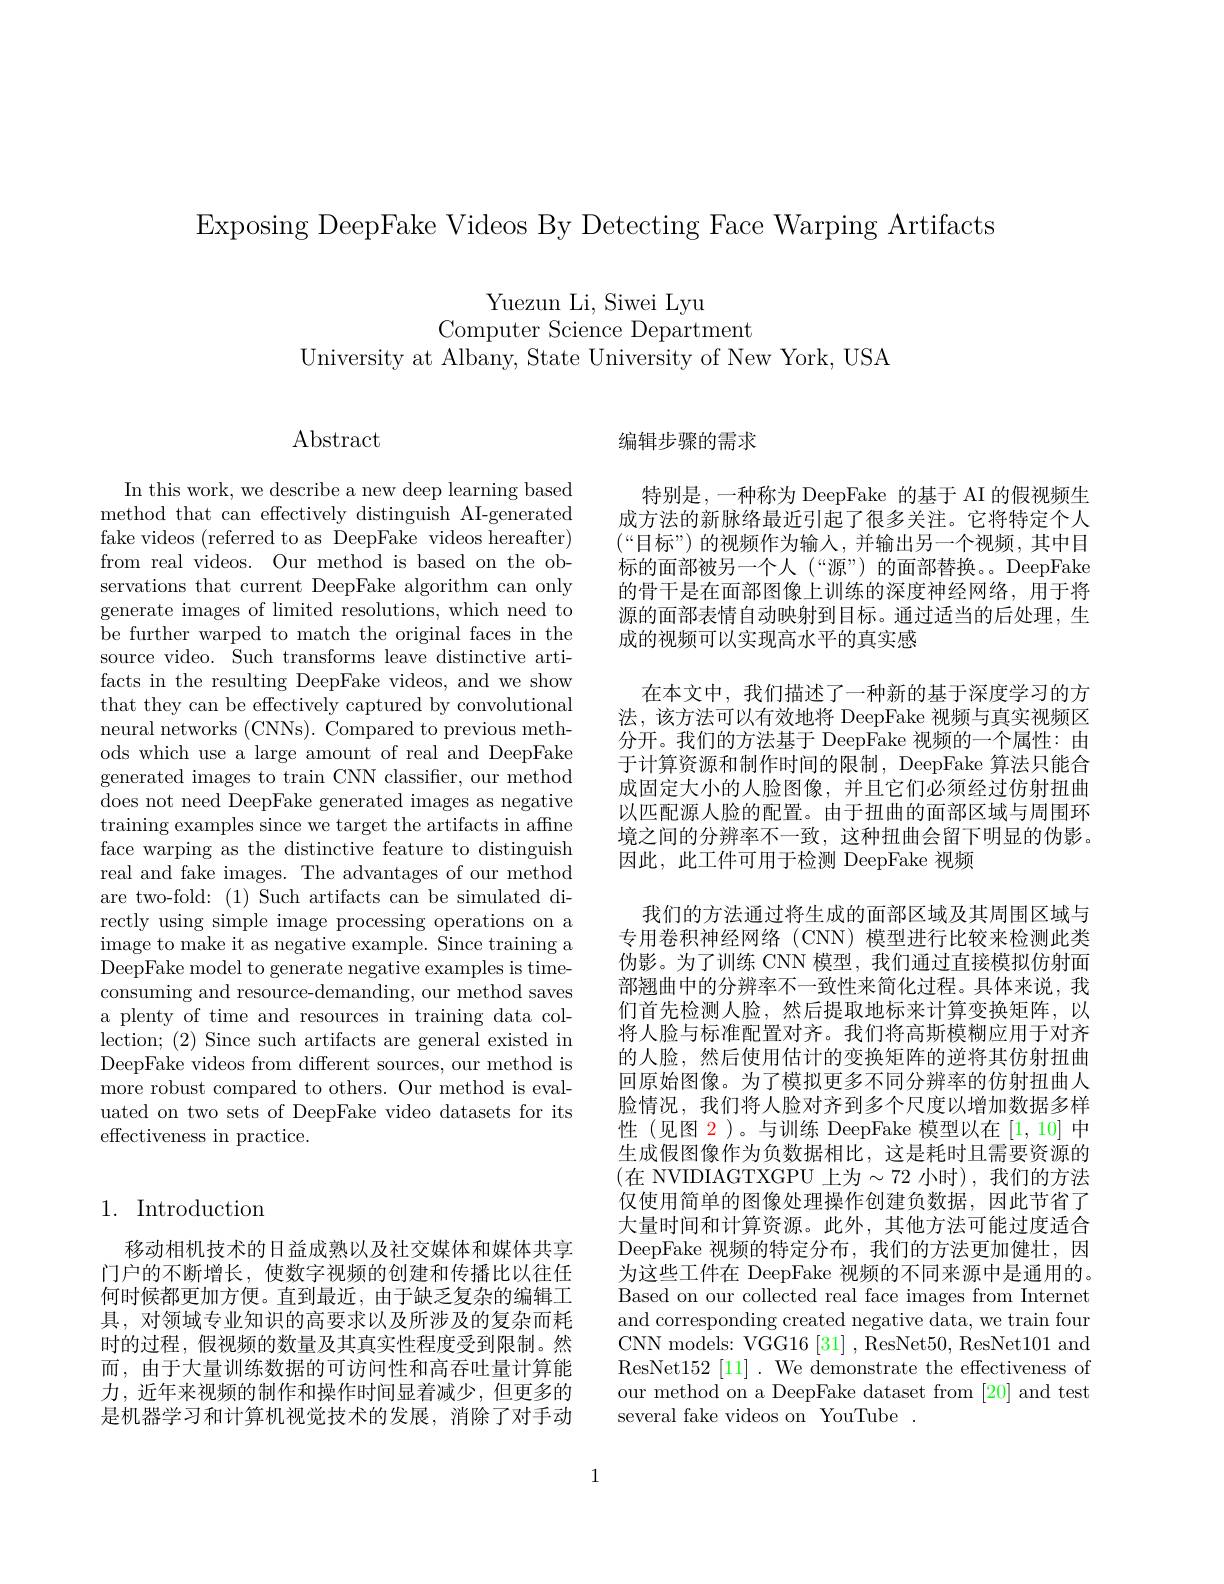
Exposing DeepFake Videos By Detecting Face Warping Artifacts

Yuezun Li, Siwei Lyu
Computer Science Department

University at Albany, State University of New York, USA

Abstract

In this work, we describe a new deep learning based method that can effectively distinguish AI-generated fake videos (referred to as DeepFake videos hereafter) from real videos. Our method is based on the observations that current DeepFake algorithm can only generate images of limited resolutions, which need to be further warped to match the original faces in the source video. Such transforms leave distinctive artifacts in the resulting DeepFake videos, and we show that they can be effectively captured by convolutional neural networks (CNNs). Compared to previous methods which use a large amount of real and DeepFake generated images to train CNN classifier, our method does not need DeepFake generated images as negative training examples since we target the artifacts in affne face warping as the distinctive feature to distinguish real and fake images. The advantages of our method are two-fold: (1) Such artifacts can be simulated directly using simple image processing operations on a ${\mathrm{image~to~make~it~as~negative~example.~Since~training~a}}$ DeepFake model to generate negative examples is timeconsuming and resource-demanding, our method saves a plenty of time and resources in training data collection; (2) Since such artifacts are general existed in DeepFake videos from different sources, our method is more robust compared to others. Our method is evaluated on two sets of DeepFake video datasets for its effectiveness in practice.

## 1. Introduction

移动相机技术的日益成熟以及社交媒体和媒体共享门户的不断增长，使数字视频的创建和传播比以往任何时候都更加方便。直到最近，由于缺乏复杂的编辑工具，对领域专业知识的高要求以及所涉及的复杂而耗时的过程，假视频的数量及其真实性程度受到限制。然而，由于大量训练数据的可访问性和高吞吐量计算能力，近年来视频的制作和操作时间显着减少，但更多的是机器学习和计算机视觉技术的发展，消除了对手动

编辑步骤的需求

特别是，一种称为 DeepFake 的基于 AI 的假视频生成方法的新脉络最近引起了很多关注。它将特定个人$(“$目标”)的视频作为输入，并输出另一个视频，其中目标的面部被另一个人(“源”)的面部替换。DeepFake 的骨干是在面部图像上训练的深度神经网络，用于将源的面部表情自动映射到目标。通过适当的后处理，生成的视频可以实现高水平的真实感
在本文中，我们描述了一种新的基于深度学习的方法，该方法可以有效地将 DeepFake 视频与真实视频区分开。我们的方法基于 DeepFake 视频的一个属性：由于计算资源和制作时间的限制，DeepFake 算法只能合成固定大小的人脸图像，并且它们必须经过仿射扭曲以匹配源人脸的配置。由于扭曲的面部区域与周围环境之间的分辨率不一致，这种扭曲会留下明显的伪影。因此，此工件可用于检测 DeepFake 视频
我们的方法通过将生成的面部区域及其周围区域与专用卷积神经网络(CNN) 模型进行比较来检测此类伪影。为了训练 CNN 模型，我们通过直接模拟仿射面部翘曲中的分辨率不一致性来简化过程。具体来说，我们首先检测人脸，然后提取地标来计算变换矩阵，以将人脸与标准配置对齐。我们将高斯模糊应用于对齐的人脸，然后使用估计的变换矩阵的逆将其仿射扭曲回原始图像。为了模拟更多不同分辨率的仿射扭曲人脸情况，我们将人脸对齐到多个尺度以增加数据多样性(见图$\color{red}2$)。与训练 DeepFake 模型以在[1,10]中生成假图像作为负数据相比，这是耗时且需要资源的(在 NVIDIAGTXGPU 上为$\sim72$ 小时),我们的方法仅使用简单的图像处理操作创建负数据，因此节省了大量时间和计算资源。此外，其他方法可能过度适合DeepFake 视频的特定分布，我们的方法更加健壮，因为这些工件在 DeepFake 视频的不同来源中是通用的。Based on our collected real face images from Internet and corresponding created negative data, we train four CNN models: VGG16 [31] , ResNet50, ResNet101 and ResNet152[11]. We demonstrate the effectiveness of our method on a DeepFake dataset from [20] and test several fake videos on YouTube

1